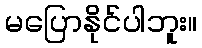
မပြောနိုင်ပါဘူး။